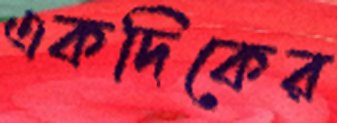
একদিকের